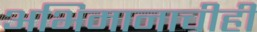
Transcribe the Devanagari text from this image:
अभिमानाचीही